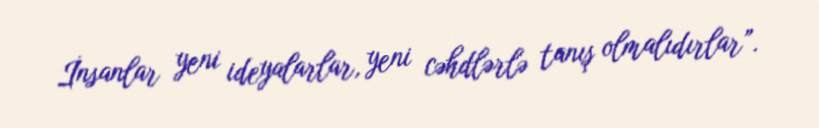
İnsanlar yeni ideyalarlar, yeni cəhdlərlə tanış olmalıdırlar”.